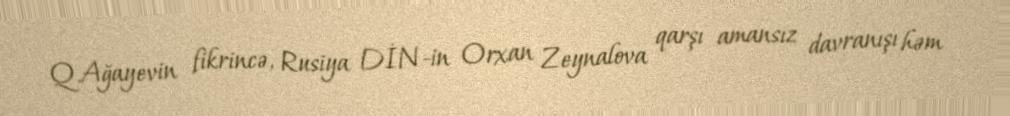
Q.Ağayevin fikrincə, Rusiya DİN-in Orxan Zeynalova qarşı amansız davranışı həm